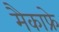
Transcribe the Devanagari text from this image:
मैकाफ्रे